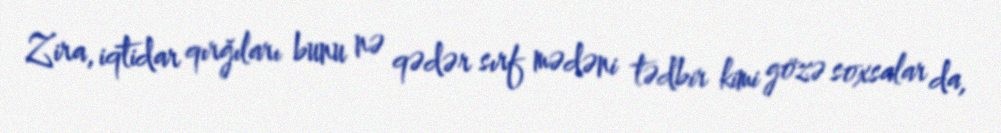
Zira, iqtidar qırğıları bunu nə qədər sırf mədəni tədbir kimi gözə soxsalar da,